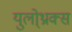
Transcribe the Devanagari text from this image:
युलो्थ्राक्स